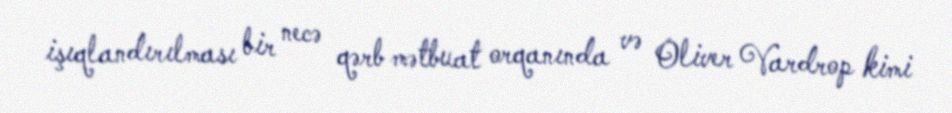
işıqlandırılması bir necə qərb mətbuat orqanında və Oliver Vardrop kimi